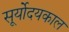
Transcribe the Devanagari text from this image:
सूर्योदयकाल